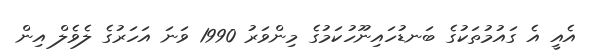
އެއީ އެ ގައުމުތަކުގެ ބަނޑުހައިނޫހުކަމުގެ މިންވަރު 1990 ވަނަ އަހަރުގެ ލެވެލް އިން